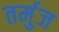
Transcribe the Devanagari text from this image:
तर्मुज